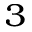
^ 3